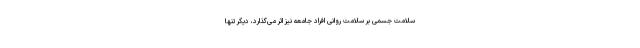
سلامت جسمی بر سلامت روانی افراد جامعه نیز اثر می‌گذارد، دیگر تنها